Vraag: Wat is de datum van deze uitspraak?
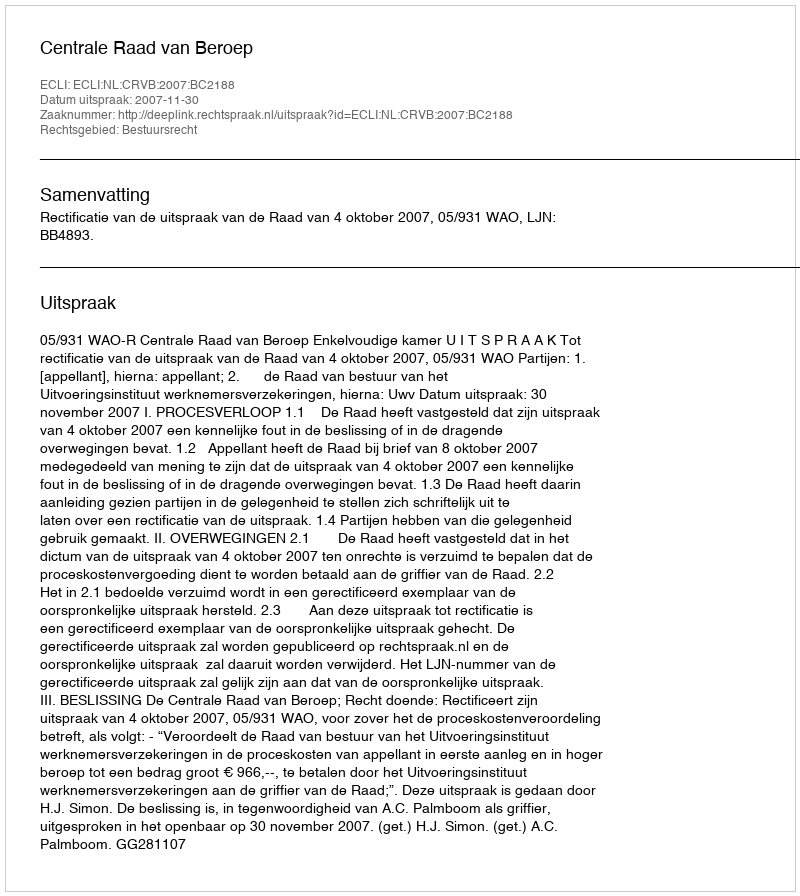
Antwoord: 2007-11-30